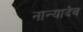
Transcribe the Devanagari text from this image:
नान्यादेव